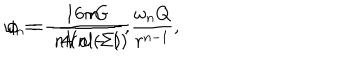
\omega _ { n } = \frac { 1 6 \pi G } { n \mathrm { V o l } ( \Sigma ) } , \hspace { 1 c m } \phi = - \frac { n } { 4 ( n - 1 ) } \frac { \omega _ { n } Q } { r ^ { n - 1 } } ,